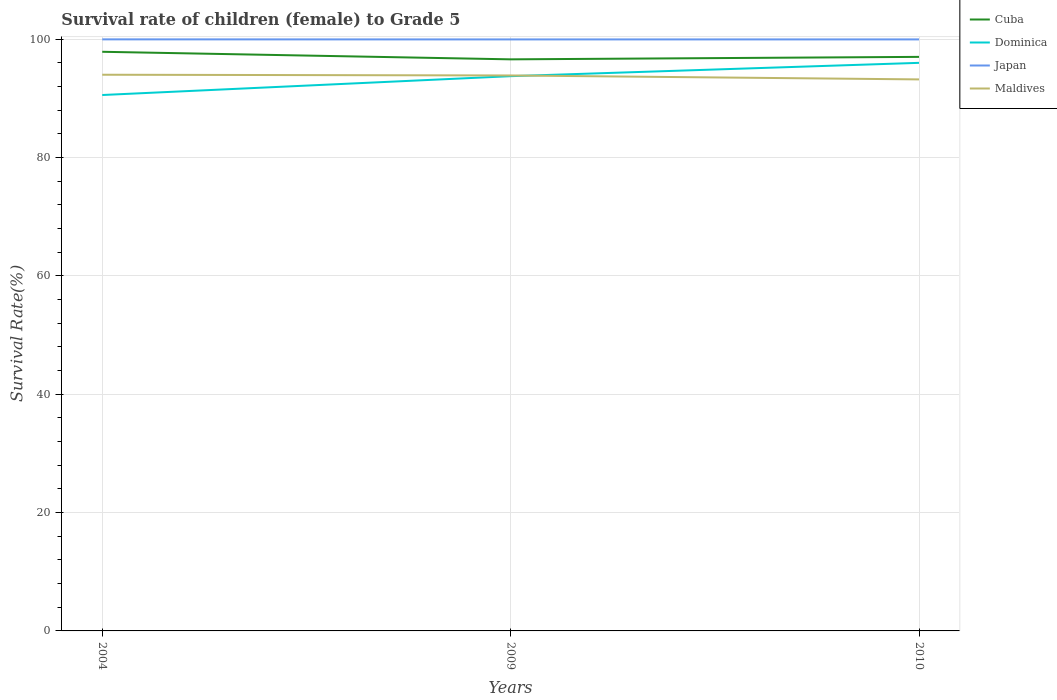
| Years | Cuba | Dominica | Japan | Maldives |
 | --- | --- | --- | --- | --- |
 | 2004 | 97.8 | 90.5 | 99.9 | 94 |
 | 2009 | 96.6 | 93.7 | 99.9 | 93.8 |
 | 2010 | 97 | 96 | 99.9 | 93.2 |